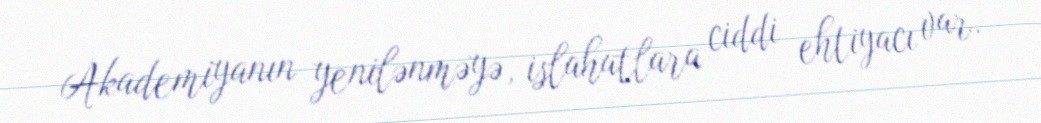
Akademiyanın yenilənməyə, islahatlara ciddi ehtiyacı var.